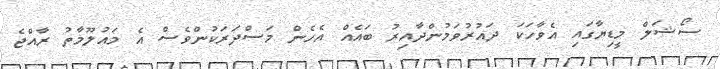
ސޯޝަލް މީޑިޔާގައި އެވާހަކަ ދައުރުވަމުންދާއިރު ބައެއް އެހެން މަސްދަރަކުންވެސް އެ މައުލޫމާތު ރާއްޖެ